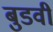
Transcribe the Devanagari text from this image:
बुडवी